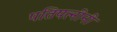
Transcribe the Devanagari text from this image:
पतिपत्नींनी